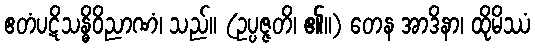
ဧတံပဋိသန္ဓိဝိညာဏံ၊ သည်။ (ဥပ္ပဇ္ဇတိ၊ ၏။) တေန အာဒိနာ၊ ထိုမိဿံ